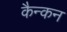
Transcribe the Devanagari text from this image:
कैन्कन